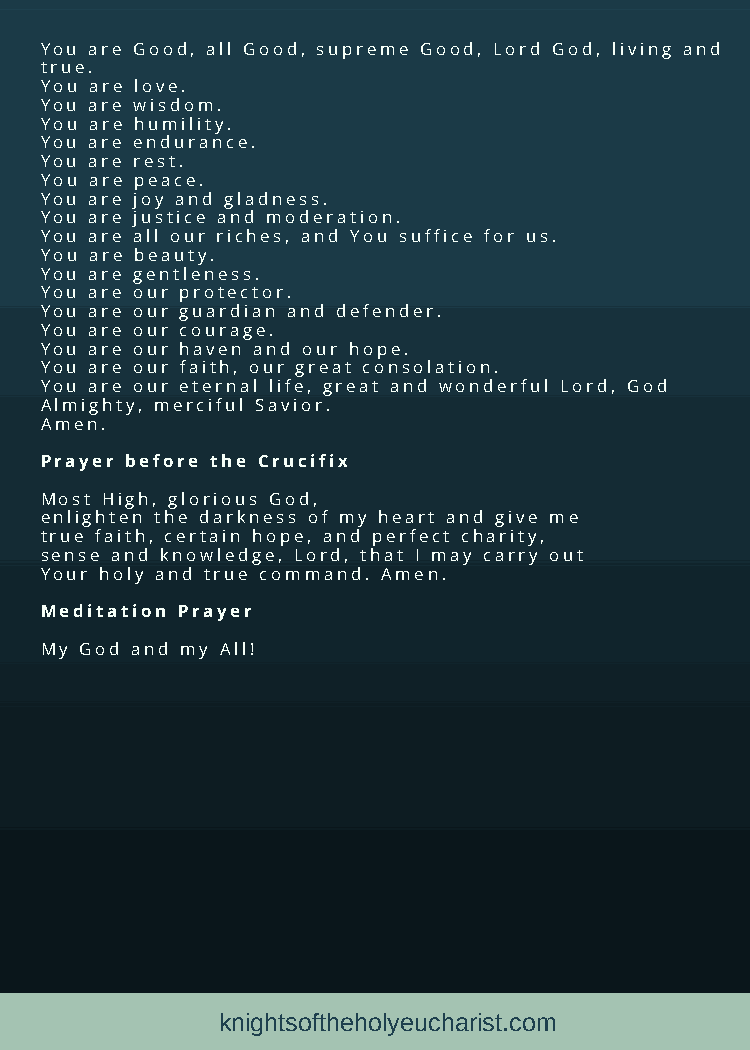
You are Good, all Good, supreme Good, Lord God, living and
 true.
 You are love.
 You are wisdom.
 You are humility.
 You are endurance.
 You are rest.
 You are peace.
 You are joy and gladness.
 You are justice and moderation.
 You are all our riches, and You suffice for us.
 You are beauty.
 You are gentleness.
 You are our protector.
 You are our guardian and defender.
 You are our courage.
 You are our haven and our hope.
 You are our faith, our great consolation.
 You are our eternal life, great and wonderful Lord, God
 Almighty, merciful Savior.
 Amen.
 Prayer before the Crucifix
 Most High, glorious God,
 enlighten the darkness of my heart and give me
 true faith, certain hope, and perfect charity,
 sense and knowledge, Lord, that I may carry out
 Your holy and true command. Amen.
 Meditation Prayer
 My God and my All!
 knightsoftheholyeucharist.com